Annual report of the Punjab Veterinary College and of the Civil Veterinary Department, Punjab - 1920-1925
Year: 1920
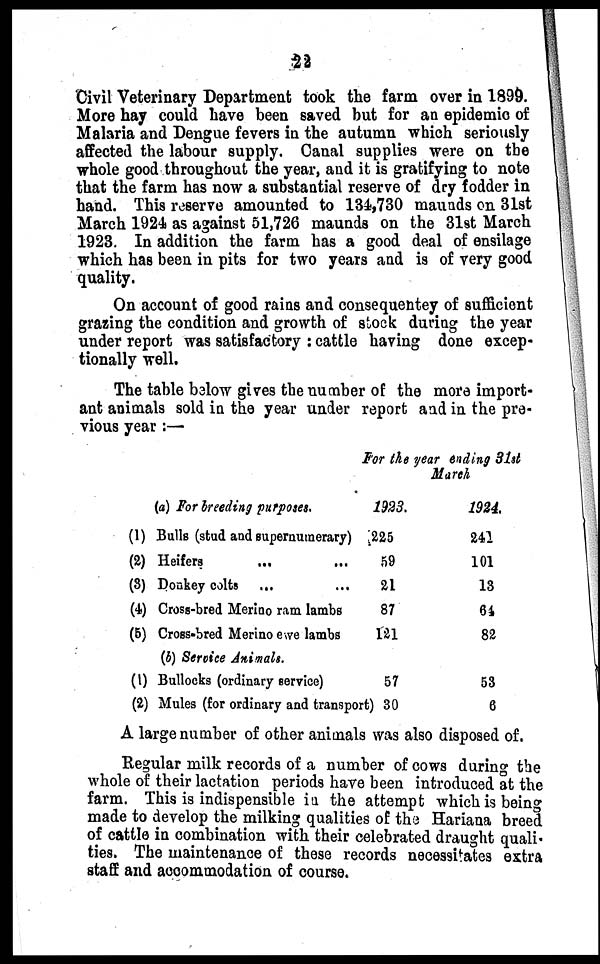
22
Civil Veterinary Department took the farm over in 1899.
More hay could have been saved but for an epidemic of
Malaria and Dengue fevers in the autumn which seriously
affected the labour supply. Canal supplies were on the
whole good throughout the year, and it is gratifying to note
that the farm has now a substantial reserve of dry fodder in
hand. This reserve amounted to 134,730 maunds on 31st
March 1924 as against 51,726 maunds on the 31st March
1923. In addition the farm has a good deal of ensilage
which has been in pits for two years and is of very good
quality.
On account of good rains and consequentey of sufficient
grazing the condition and growth of stock during the year
under report was satisfactory : cattle having done excep-
tionally well.
The table bealow gives the number of the more import-
ant animals sold in the year under report and in the pre-
vious year :—
For the year ending 31st
March
(a) For breeding purposes.
(1) Bulls (stud and supernumerary)
(2) Heifers
... ...
(3) Donkey colts ... ...
(4) Cross-bred Merino ram lambs
(5) Cross-bred Merino ewe lambs
(b) Service Animals.
(1) Bullocks (ordinary service)
(2) Mules (for ordinary and transport)
1923.
225
59
21
87
121
57
30
1924.
241
101
13
84
82
53
6
A large number of other animals was also disposed of.
Regular milk records of a number of cows during the
whole of their lactation periods have been introduced at the
farm. This is indispensible in the attempt which is being
made to develop the milking qualities of the Hariana breed
of cattle in combination with their celebrated draught quali-
ties. The maintenance of these records necessitates extra
staff and accommodation of course.